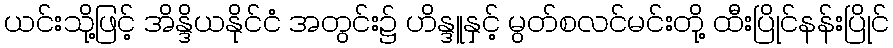
ယင်းသို့ဖြင့် အိန္ဒိယနိုင်ငံ အတွင်း၌ ဟိန္ဒူနှင့် မွတ်စလင်မင်းတို့ ထီးပြိုင်နန်းပြိုင်